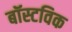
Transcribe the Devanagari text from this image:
बॉस्टविक